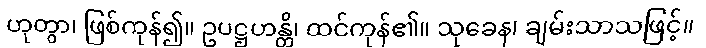
ဟုတွာ၊ ဖြစ်ကုန်၍။ ဥပဋ္ဌဟန္တိ၊ ထင်ကုန်၏။ သုခေန၊ ချမ်းသာသဖြင့်။